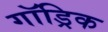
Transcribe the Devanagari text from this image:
गॉड्रिक